Report on lock hospitals in British Burma
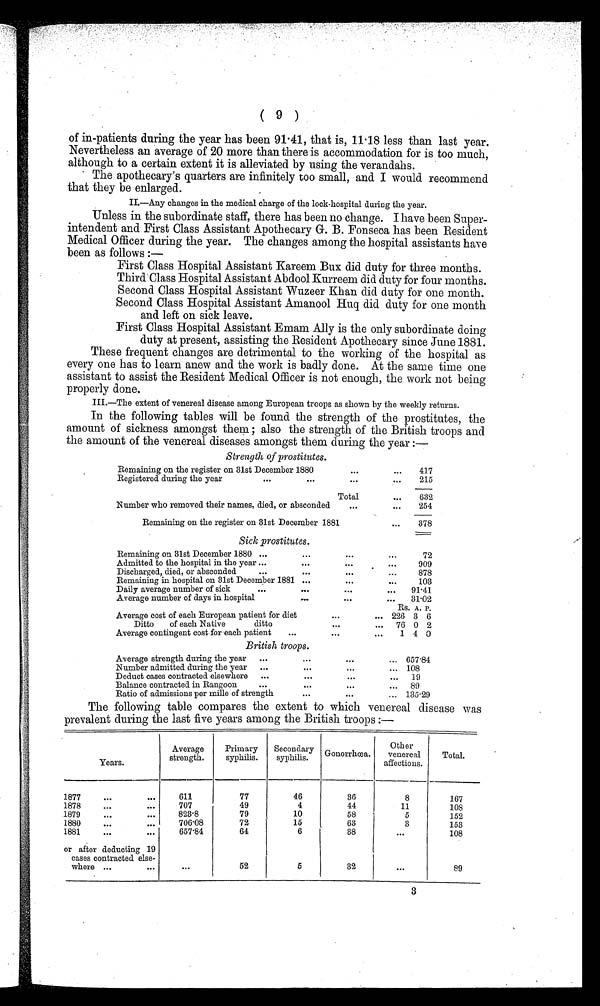
(9)
of in-patients during the year has been 91.41, that is, 11.18 less than last year.
Nevertheless an average of 20 more than there is accommodation for is too much,
although to a certain extent it is alleviated by using the verandahs.
The apothecary's quarters are infinitely too small, and I would recommend
that they be enlarged.
II.—Any changes in the medical charge of the lock-hospital during the year.
Unless in the subordinate staff, there has been no change. I have been Super-
intendent and First Class Assistant Apothecary G. B. Fonseca has been Resident
Medical Officer during the year. The changes among the hospital assistants have
been as follows :
—
First Class Hospital Assistant Kareem Bux did duty for three months.
Third Class Hospital Assistant Abdool Kurreem did duty for four months.
Second Class Hospital Assistant Wuzeer Khan did duty for one month.
Second Class Hospital Assistant Amanool Huq did duty for one month
and left on sick leave.
First Class Hospital Assistant Emam Ally is the only subordinate doing
duty at present, assisting the Resident Apothecary since June 1881.
These frequent changes are detrimental to the working of the hospital as
every one has to learn anew and the work is badly done. At the same time one
assistant to assist the Resident Medical Officer is not enough, the work not being
properly done.
III.—The extent of venereal disease among European troops as shown by the weekly returns.
In the following tables will be found the strength of the prostitutes, the
amount of sickness amongst them; also the strength of the British troops and
the amount of the venereal diseases amongst them during the year :—
Strength of prostitutes.
Remaining on the register on 31st December 1880
417
Registered during the year
215
Total
632
Number who removed their names, died, or absconded
254
Remaining on the register on 31st December 1881
378
Sick prostitutes.
Remaining on 31st December 1880
72
Admitted to the hospital in the year
909
Discharged, died, or absconded
.
878
Remaining in hospital on 31st December 1881
103
Daily average number of sick
91.41
Average number of days in hospital
31 .02
Rs. A. P.
Average cost of each European patient for diet
226 3 6
Ditto
of each Native
ditto
76 0 2
Average contingent cost for each patient
1 4 0
British troops.
Average strength during the year
657.84
Number admitted during the year
108
Deduct cases contracted elsewhere
19
Balance contracted in Rangoon
89
Ratio of admissions per mile of strength
135.29
The following table compares the extent to which venereal disease was
prevalent during the last five years among the British troops :—
Years.
Average
strength.
Primary
syphilis.
Secondary
syphilis.
Gonorrhœa.
Other
venereal
affections.
Total .
1877
611
77
46
36
8
167
1878
707
49
4
44
11
108
1879
823.8
79
10
58
5
152
1880
706.08
72
15
63
3
153
1881
657.84
64
6
38
. . .
108
or after deducting 19
cases contracted else-
where
. . .
52
5
32
. . .
89
3